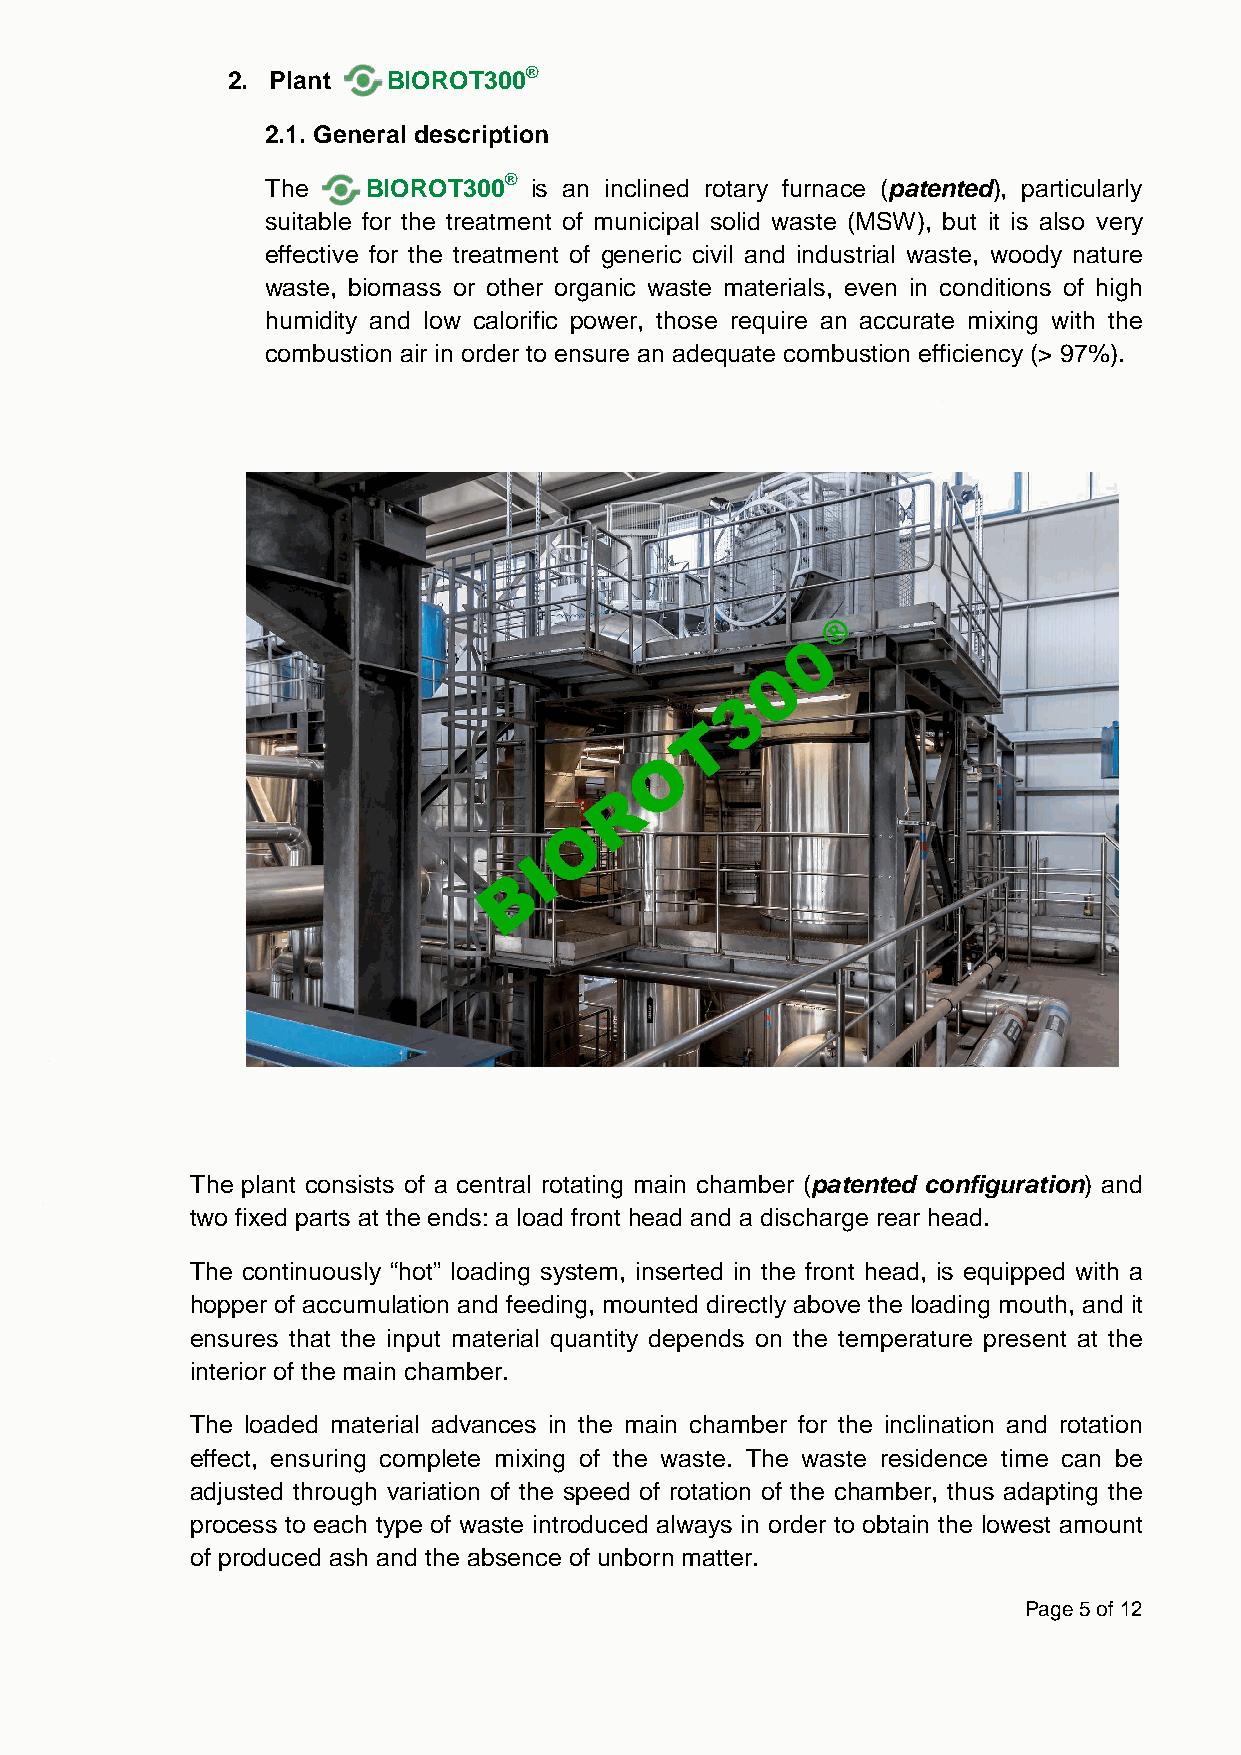
®
 2. Plant   BIOROT300
 2.1. General description
 The   BIOROT300® is an inclined rotary furnace (patented), particularly
 suitable for the treatment of municipal solid waste (MSW), but it is also very
 effective for the treatment of generic civil and industrial waste, woody nature
 waste, biomass or other organic waste materials, even in conditions of high
 humidity and low calorific power, those require an accurate mixing with the
 combustion air in order to ensure an adequate combustion efficiency (> 97%).
 The plant consists of a central rotating main chamber (patented configuration) and
 two fixed parts at the ends: a load front head and a discharge rear head.
 The continuously “hot” loading system, inserted in the front head, is equipped with a
 hopper of accumulation and feeding, mounted directly above the loading mouth, and it
 ensures that the input material quantity depends on the temperature present at the
 interior of the main chamber.
 The loaded material advances in the main chamber for the inclination and rotation
 effect, ensuring complete mixing of the waste. The waste residence time can be
 adjusted through variation of the speed of rotation of the chamber, thus adapting the
 process to each type of waste introduced always in order to obtain the lowest amount
 of produced ash and the absence of unborn matter.
 Page 5 of 12